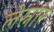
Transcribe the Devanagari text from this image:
लेस्नार